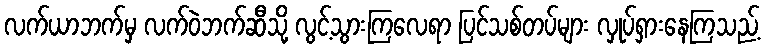
လက်ယာဘက်မှ လက်ဝဲဘက်ဆီသို့ လွင့်သွားကြလေရာ ပြင်သစ်တပ်များ လှုပ်ရှားနေကြသည့်